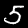
Label: 5